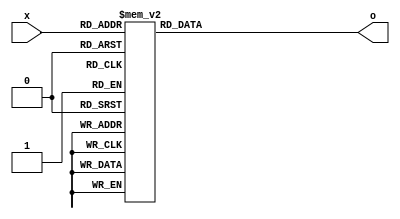
`timescale 1ns / 1ps
//////////////////////////////////////////////////////////////////////////////////
// Company: 
// Engineer: 
// 
// Design Name: 
// Module Name:    deco416 
// Project Name: 
// Target Devices: 
// Tool versions: 
// Description: 
//
// Dependencies: 
//
// Revision: 
// Revision 0.01 - File Created
// Additional Comments: 
//
//////////////////////////////////////////////////////////////////////////////////
module deco416(
    input [3:0] x,
    output reg [15:0] o
    );
always @(*)
case(x)
0:o=16'd1;
1:o=16'd2;
2:o=16'd4;
3:o=16'd8;
4:o=16'd16;
5:o=16'd32;
6:o=16'd64;
7:o=16'd128;
8:o=16'd256;
9:o=16'd512;
10:o=16'd1024;
11:o=16'd2048;
12:o=16'd4096;
13:o=16'd8192;
14:o=16'd16384;
15:o=16'd32768;
default:o=16'bx;
endcase
endmodule